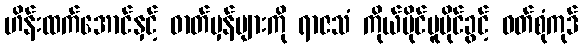
ဟိန်းထက်အောင်နှင့် ဓာတ်မှန်များကို ရာဇသံ ကိုယ်ပိုင်မူပိုင်ခွင့် ဝတ်စုံကုဒ်